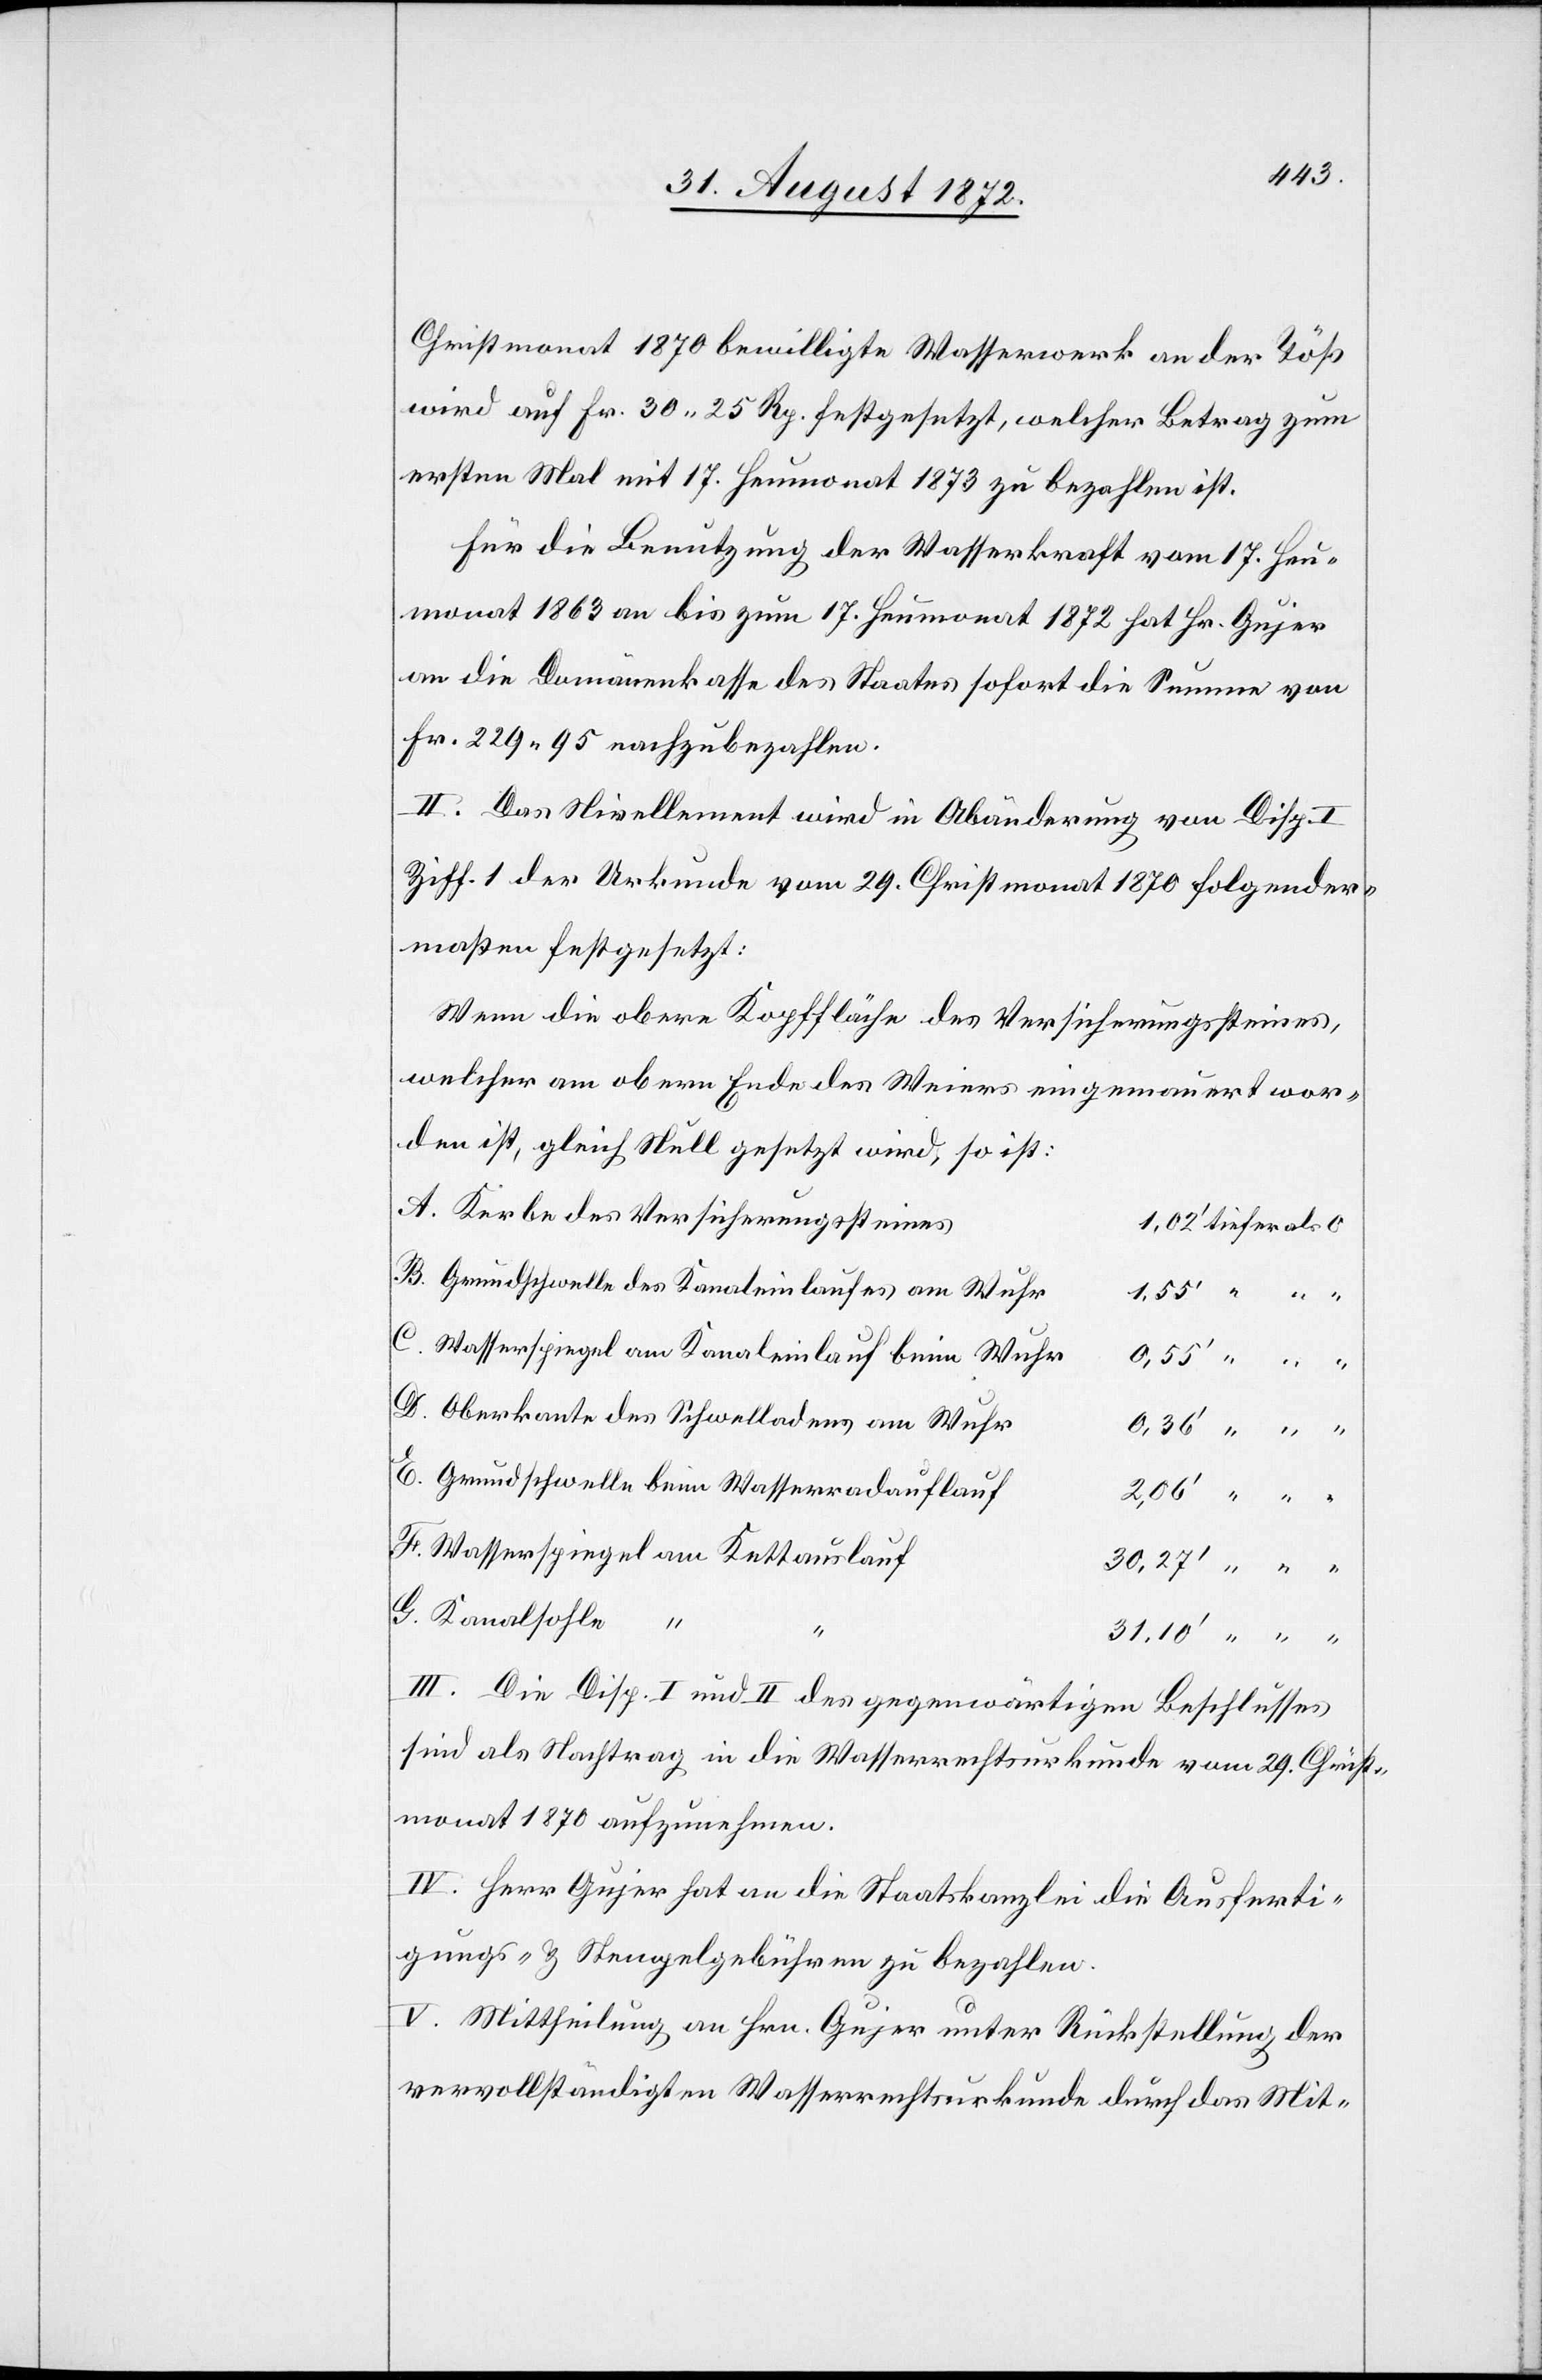
Christmonat 1870 bewilligte Wasserwerk an der Töß
wird auf Fr. 30 25 Rp. festgesetzt, welcher Betrag zum
ersten Mal mit 17. Heumonat 1873 zu bezahlen ist.
Für die Benutzung der Wasserkraft vom 17. Heu¬
monat 1863 an bis zum 17. Heumonat 1872 hat Hr. Gujer
an die Domänenkasse des Staates sofort die Summe von
Fr. 229 95 nachzubezahlen.
II. Das Nivellement wird in Abänderung von Disp.
Ziff. 1 der Urkunde vom 29. Christmonat 1870 folgender¬
maßen festgesetzt:
Wenn die obere Kopffläche des Versicherungssteines,
welcher am obern Ende des Weiers eingemauert wor¬
den ist, gleich Null gesetzt wird, so ist:
Kerbe des Versicherungssteines
Grundschwelle des Kanaleinlaufes am Wuhr
Wasserspiegel am Kanaleinlauf beim Wuhr
Oberkante des Schwelladens am Wuhr
Grundschwelle beim Wasserradauflauf
Wasserspiegel am Kettauslauf
Kanalsohle
G.
III. Die Disp. I und II des gegenwärtigen Beschlusses
sind als Nachtrag in die Wasserrechtsurkunde vom 29. Christ¬
monat 1870 aufzunehmen.
IV. Herr Gujer hat an die Staatskanzlei die Ausferti¬
gungs- u. Stempelgebühren zu bezahlen.
V. Mittheilung an Hrn. Gujer unter Rückstellung der
vervollständigten Wasserrechtsurkunde durch das Mit-